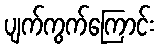
ပျက်ကွက်ကြောင်း